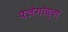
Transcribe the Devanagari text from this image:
पेलेगोस्टो